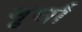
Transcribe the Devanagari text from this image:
मूर्घा